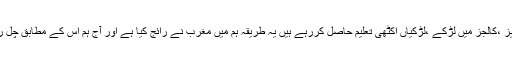
یونیورسٹیز ،کالجز میں لڑکے ،لڑکیاں اکٹھی تعلیم حاصل کررہے ہیں یہ طریقہ ہم میں مغرب نے رائج کیا ہے اور آج ہم اس کے مطابق چل رہے ہیں ۔